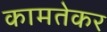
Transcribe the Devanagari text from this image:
कामतेकर